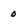
Character: 0